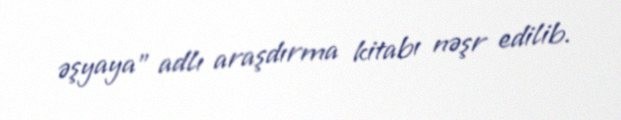
əşyaya" adlı araşdırma kitabı nəşr edilib.